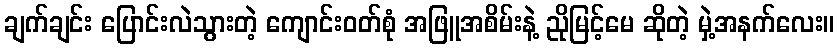
ချက်ချင်း ပြောင်းလဲသွားတဲ့ ကျောင်းဝတ်စုံ အဖြူအစိမ်းနဲ့ ညိုမြင့်မေ ဆိုတဲ့ မှဲ့အနက်လေး။